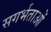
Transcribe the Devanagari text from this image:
सगर्भताओं